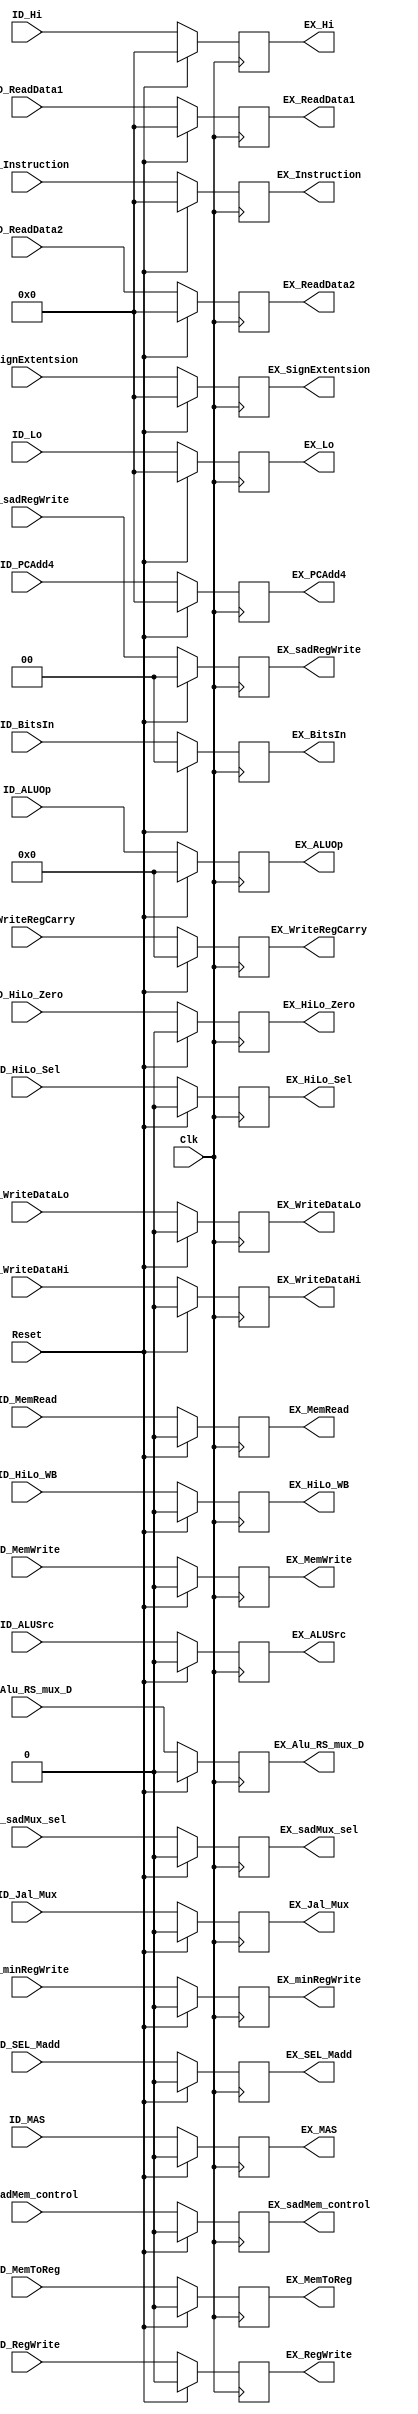
`timescale 1ns / 1ps
/*

Group Names
Alan Manuel Loreto Corndidez: 1/3 Effort
Haseeb Sarwar Irfan: 1/3 Effort
Chris W Bremser: 1/3 Effort

*/

module ID_EX_piplineRegister(
    ID_Instruction,
    ID_PCAdd4,
    ID_ReadData1,
    ID_ReadData2,
    ID_Hi,
    ID_Lo,
    ID_SignExtentsion,
    ID_WriteRegCarry,
    //ID_WriteData,
    
    
    //Controls
    
    ID_ALUOp,
	ID_ALUSrc,
	ID_HiLo_Sel,
	ID_HiLo_Zero,
	ID_MemWrite,
	ID_MemRead,
	ID_MAS,
	ID_MemToReg,
	ID_BitsIn,
	ID_Jal_Mux,
	ID_SEL_Madd,
	ID_HiLo_WB,
	ID_RegWrite,
	ID_WriteDataHi,
	ID_WriteDataLo,
	ID_Alu_RS_mux_D,
	D2_sadMux_sel,
    D2_sadMem_control,
    D2_sadRegWrite,
    D2_minRegWrite,

    EX_Instruction,
    EX_PCAdd4,
    EX_ReadData1,
    EX_ReadData2,
    EX_Hi,
    EX_Lo,
    EX_SignExtentsion,
    EX_WriteRegCarry,
    
    
    //controls
    EX_ALUOp,
	EX_ALUSrc,
	EX_HiLo_Sel,
	EX_HiLo_Zero,
	EX_MemWrite,
	EX_MemRead,
	EX_MAS,
	EX_MemToReg,
	EX_BitsIn,
	EX_Jal_Mux,
	EX_SEL_Madd,
	EX_HiLo_WB,
    EX_RegWrite,
    EX_WriteDataHi,
    EX_WriteDataLo,
    EX_Alu_RS_mux_D,
    EX_sadMux_sel,
    EX_sadMem_control,
    EX_sadRegWrite,
    EX_minRegWrite,
    
    
    Clk, //Yes, the registers are clocked.
    Reset
    );
    input Clk;
    input Reset;
    input [31:0] ID_Instruction;
   
    input [31:0]ID_PCAdd4;
    input [31:0]ID_ReadData1;
    input [31:0]ID_ReadData2;
    input [31:0]ID_Hi;
    input [31:0]ID_Lo;
    input [31:0]ID_SignExtentsion;
    input [4:0] ID_WriteRegCarry;
   
    input ID_Alu_RS_mux_D;

    input [4:0]ID_ALUOp;
	input ID_ALUSrc;
	input ID_HiLo_Sel;
	input ID_HiLo_Zero;
	input ID_MemWrite;
	input ID_MemRead;
	input ID_MAS;
	input ID_MemToReg;
	input [1:0]ID_BitsIn;
	input ID_Jal_Mux;
	input ID_SEL_Madd;
	input ID_HiLo_WB;
    input ID_RegWrite;
    input ID_WriteDataHi;
    input ID_WriteDataLo;
    input D2_sadMux_sel;
    input D2_sadMem_control;
    input [1:0] D2_sadRegWrite;
    input D2_minRegWrite; 

    //controls
    output reg [31:0]EX_Instruction;
    output reg [31:0]EX_ReadData1; // rs register
    output reg [31:0]EX_ReadData2; // rt register
    output reg [31:0]EX_Hi; // hi register 
    output reg [31:0]EX_Lo;  // low register
    output reg [31:0]EX_SignExtentsion;
    output reg [4:0]EX_WriteRegCarry;
    output reg [31:0]EX_PCAdd4;

    output reg [4:0]EX_ALUOp;
	output reg EX_ALUSrc;
	output reg EX_HiLo_Sel;
	output reg EX_HiLo_Zero;
	output reg EX_MemWrite;
	output reg EX_MemRead;
	output reg EX_MAS;
	output reg EX_MemToReg;
	output reg [1:0]EX_BitsIn;
	output reg EX_Jal_Mux;
	output reg EX_SEL_Madd;
	output reg EX_HiLo_WB;
	output reg EX_RegWrite;
    output reg EX_WriteDataHi;
    output reg EX_WriteDataLo;
    output reg EX_Alu_RS_mux_D;
    output reg EX_sadMux_sel;
    output reg EX_sadMem_control;
    output reg [1:0] EX_sadRegWrite;
    output reg EX_minRegWrite;
    

    always @(posedge Clk)
    begin
        if (Reset == 1)begin
        EX_Instruction <= 0 ;
        EX_PCAdd4 <= 0;
        EX_ReadData1 <= 0;
        EX_ReadData2 <= 0;
        EX_Hi <= 0;
        EX_Lo <= 0;
        EX_SignExtentsion <= 0;
        EX_WriteRegCarry <= 0;
    EX_ALUOp <= 0;
	EX_ALUSrc <= 0;
	EX_HiLo_Sel <= 0;
	EX_HiLo_Zero <= 0;
	EX_MemWrite <= 0;
	EX_MemRead <= 0;
	EX_MAS <= 0;
	EX_MemToReg <= 0;
	EX_BitsIn <= 0;
	EX_Jal_Mux <= 0;
	EX_SEL_Madd <= 0;
    EX_HiLo_WB <= 0;
    EX_RegWrite <= 0;
    EX_WriteDataHi <= 0;
    EX_WriteDataLo <= 0;
    EX_Alu_RS_mux_D <= 0;
    EX_sadMux_sel <= 0;
    EX_sadMem_control <= 0;
    EX_sadRegWrite <= 0;
    EX_minRegWrite <= 0; 
        
        end
        
        else begin
        //EX_jumplyAC <= ID_jumplyAC;
        EX_Instruction <= ID_Instruction;
        EX_PCAdd4 <= ID_PCAdd4;
        EX_ReadData1 <= ID_ReadData1;
        EX_ReadData2 <= ID_ReadData2;
        EX_Hi <= ID_Hi;
        EX_Lo <= ID_Lo;
        EX_SignExtentsion <= ID_SignExtentsion;
        EX_WriteRegCarry <= ID_WriteRegCarry;
    EX_ALUOp <= ID_ALUOp;
	EX_ALUSrc <= ID_ALUSrc;
	EX_HiLo_Sel <= ID_HiLo_Sel;
	EX_HiLo_Zero <= ID_HiLo_Zero;
	EX_MemWrite <= ID_MemWrite;
	EX_MemRead <= ID_MemRead;
	EX_MAS <= ID_MAS;
	EX_MemToReg <= ID_MemToReg;
	EX_BitsIn <= ID_BitsIn;
	EX_Jal_Mux <= ID_Jal_Mux;
	EX_SEL_Madd <= ID_SEL_Madd;
    EX_HiLo_WB <= ID_HiLo_WB;
    EX_RegWrite <= ID_RegWrite;
    
    EX_WriteDataHi <= ID_WriteDataHi;
    EX_WriteDataLo <= ID_WriteDataLo;
    EX_Alu_RS_mux_D <= ID_Alu_RS_mux_D;
    EX_sadMux_sel <= D2_sadMux_sel;
    EX_sadMem_control <= D2_sadMem_control;
    EX_sadRegWrite <= D2_sadRegWrite;
    EX_minRegWrite <= D2_minRegWrite;
    
    end
    end

    //We want the writedata to behave like a short, so it will be inside an always block.
  /*  always @(*)
    begin
        ID_PCAddyMux <= EX_PCAddyMux;
        ID_WriteData <= EX_WriteData;
    end
    */
endmodule